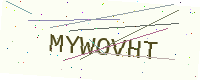
Text: MYWOVHT